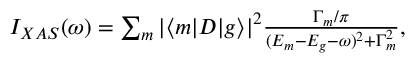
\begin{array} { r } { I _ { X A S } ( \omega ) = \sum _ { m } | \langle m | D | g \rangle | ^ { 2 } \frac { \Gamma _ { m } / \pi } { ( E _ { m } - E _ { g } - \omega ) ^ { 2 } + \Gamma _ { m } ^ { 2 } } , } \end{array}